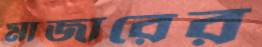
মাজারের